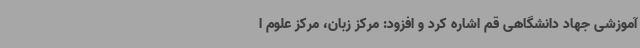
آموزشی جهاد دانشگاهی قم اشاره کرد و افزود: مرکز زبان، مرکز علوم ا